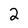
Character: 2